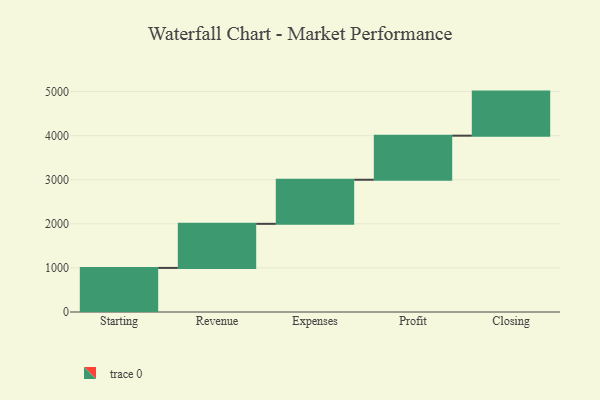
{"axis": {"x": "Step", "y": "Value"}, "legend": [""], "data": [{"x": "Starting", "y": 1000, "type": ""}, {"x": "Revenue", "y": 1000, "type": ""}, {"x": "Expenses", "y": 1000, "type": ""}, {"x": "Profit", "y": 1000, "type": ""}, {"x": "Closing", "y": 1000, "type": ""}]}